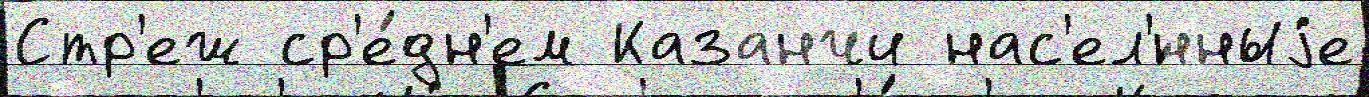
Стр'еж ср'е́дн'ем Казанчи нас'ел'́нныjе